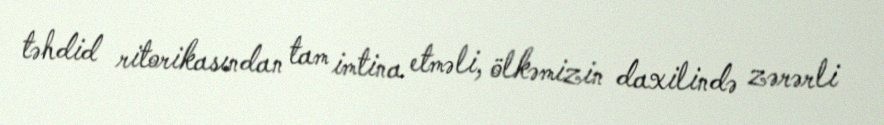
təhdid ritorikasından tam imtina etməli, ölkəmizin daxilində zərərli